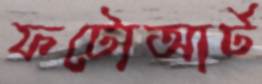
ফটোআর্ট